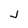
Character: j